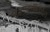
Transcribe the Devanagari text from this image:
उस्तादजींपर्यंत